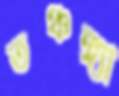
তঞ্চঙ্গ্যা